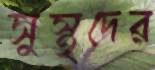
সুস্থদের